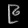
Digit: ၉